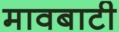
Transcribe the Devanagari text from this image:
मावबाटी